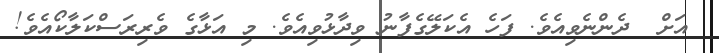
އަށް  ދެންނެވިއެވެ. ފަހެ އެކަލޭގެފާނު ވިދާޅުވިއެވެ. މި އަޅާގެ ވެރިރަސްކަލާކޯއެވެ!